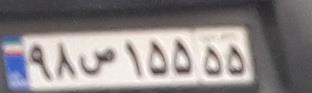
۹۸ص۱۵۵۵۵